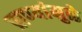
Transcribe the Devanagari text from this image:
प्राण्यांमुळे